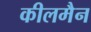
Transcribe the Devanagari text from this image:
कीलमैन